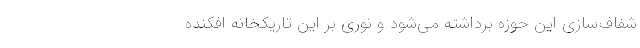
شفاف‌سازی این حوزه برداشته می‌شود و نوری بر این تاریکخانه افکنده